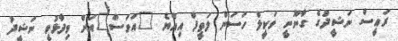
ރައީސް ނަޝީދުގެ ގާނޫނީ ވަކީލް ހަސަން ލަތީފް އިއްޔެ "އަވަސް"އަށް ވިދާޅުވީ ނަޝީދު